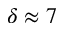
\delta \approx 7